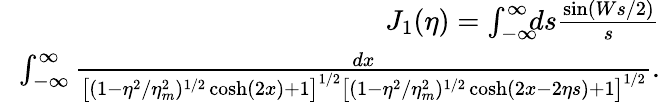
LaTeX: \begin{array}{rlr}&{}&{\! \! \! \! \! \! \! \! J_{1}(\eta)=\int_{-\infty}^{\infty}\! \! \! ds\frac{\sin(Ws/2)}{s}}\\ &{}&{\! \! \! \! \! \! \! \! \int_{-\infty}^{\infty}\frac{dx}{\left[(1-\eta^{2}/\eta_{m}^{2})^{1/2}\cosh(2x)+1\right]^{1/2}\left[(1-\eta^{2}/\eta_{m}^{2})^{1/2}\cosh(2x-2\eta s)+1\right]^{1/2}}.}\end{array}